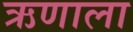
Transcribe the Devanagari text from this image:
ऋणाला